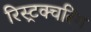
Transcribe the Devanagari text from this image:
रिस्ट्रक्चरिंग